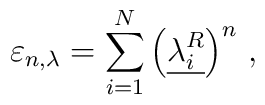
\varepsilon_{n,\lambda}  = \sum_{i=1}^N \left(\underline{ \lambda_i^R }\right)^n \, ,